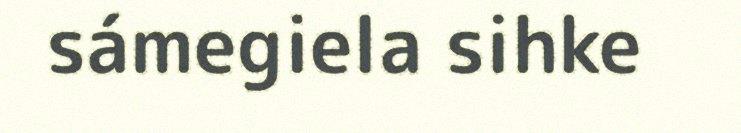
sámegiela sihke